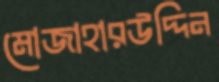
মোজাহারউদ্দিন